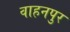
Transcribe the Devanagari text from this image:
वाहनपुर